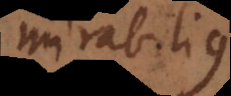
rabilius,